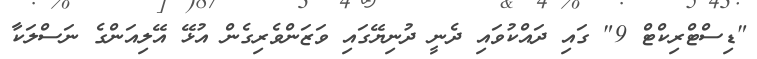
"ޑިސްޓްރިކްޓް 9" ގައި ދައްކުވައި ދެނީ ދުނިޔޭގައި ވަޒަންވެރިގެން އުޅޭ އޭލިއަންގެ ނަސްލަކާ